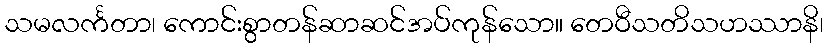
သမလင်္ကတာ၊ ကောင်းစွာတန်ဆာဆင်အပ်ကုန်သော။ တေဝီသတိသဟဿာနိ၊